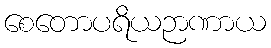
စေတောပရိယဉာဏာယ